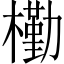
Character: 𣝀